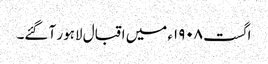
اگست ١٩٠٨ء میں اقبال لاہور آ گئے۔